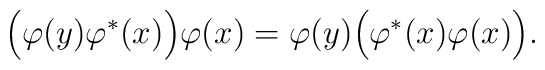
\Bigl(\varphi(y) \varphi ^*(x) \Bigl)\varphi(x) =   \varphi (y) \Bigl(\varphi^* (x) \varphi (x)\Bigl) .